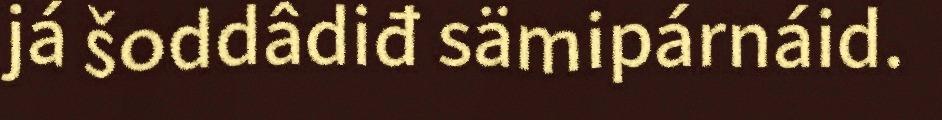
já šoddâdiđ sämipárnáid.